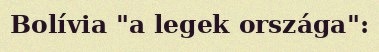
Bolívia "a legek országa":